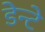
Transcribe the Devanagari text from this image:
डेन्टे